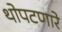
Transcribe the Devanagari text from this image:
थोपटणारे